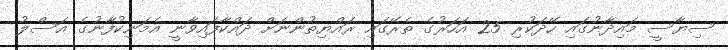
ސިޔާސީ މައިދާނުގައި ހޭދަކުރި 25 އަހަރުގެ ތެރޭގައި ރައްޔިތުންނަށް ދައްކާފައިވާނީ އެމަނިކުފާނުގެ އަސްލު